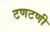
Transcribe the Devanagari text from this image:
टणटणी